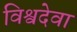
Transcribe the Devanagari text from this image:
विश्वदेवा